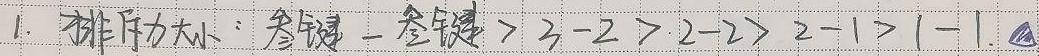
1. 排斥力大小：叁键 - 叁键 > 3 - 2 > 2 - 2 > 2 - 1 > 1 - 1 。